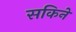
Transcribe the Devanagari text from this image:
सकिने